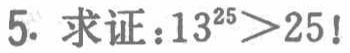
5. 求证：\(13^{25}>25!\)